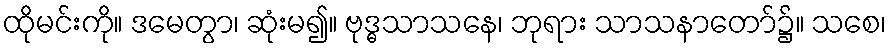
ထိုမင်းကို။ ဒမေတွာ၊ ဆုံးမ၍။ ဗုဒ္ဓသာသနေ၊ ဘုရား သာသနာတော်၌။ သစေ၊